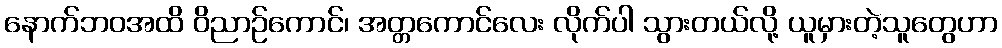
နောက်ဘဝအထိ ဝိညာဉ်ကောင်၊ အတ္တကောင်လေး လိုက်ပါ သွားတယ်လို့ ယူမှားတဲ့သူတွေဟာ